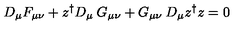
D _ { \mu } F _ { \mu \nu } + z ^ { \dagger } D _ { \mu } \: G _ { \mu \nu } + G _ { \mu \nu } \: D _ { \mu } z ^ { \dagger } z = 0